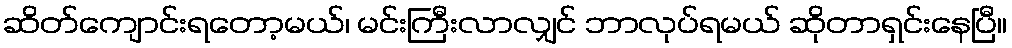
ဆိတ်ကျောင်းရတော့မယ်၊ မင်းကြီးလာလျှင် ဘာလုပ်ရမယ် ဆိုတာရှင်းနေပြီ။